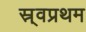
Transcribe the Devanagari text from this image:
स्र्वप्रथम